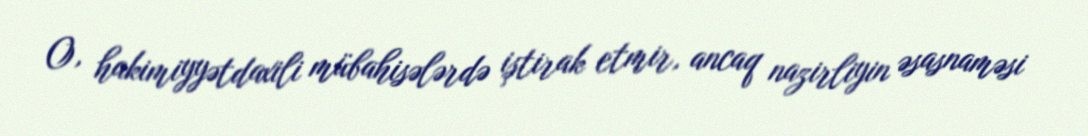
O, hakimiyyətdaxili mübahisələrdə iştirak etmir, ancaq nazirliyin əsasnaməsi